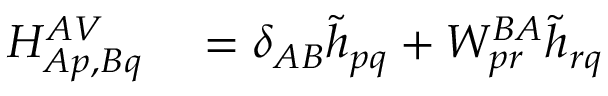
\begin{array} { r l } { H _ { A p , B q } ^ { A V } } & { { } = \delta _ { A B } \tilde { h } _ { p q } + W _ { p r } ^ { B A } \tilde { h } _ { r q } } \end{array}